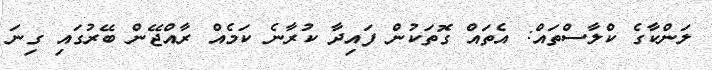
ލަންކާގެ ކްލާސްތައް: އެތައް ގޮތަކުން ފައިދާ ކުރާނެ ކަމެއް ރާއްޖޭން ބޭރުގައި ގިނަ